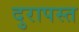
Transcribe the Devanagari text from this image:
दुरापस्त